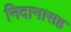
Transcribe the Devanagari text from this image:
निदानासह